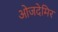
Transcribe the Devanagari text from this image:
ओजदेमिर